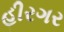
હીરગર